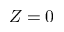
Z = 0